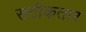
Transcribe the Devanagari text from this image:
सटीकतार